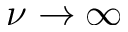
\nu \to \infty